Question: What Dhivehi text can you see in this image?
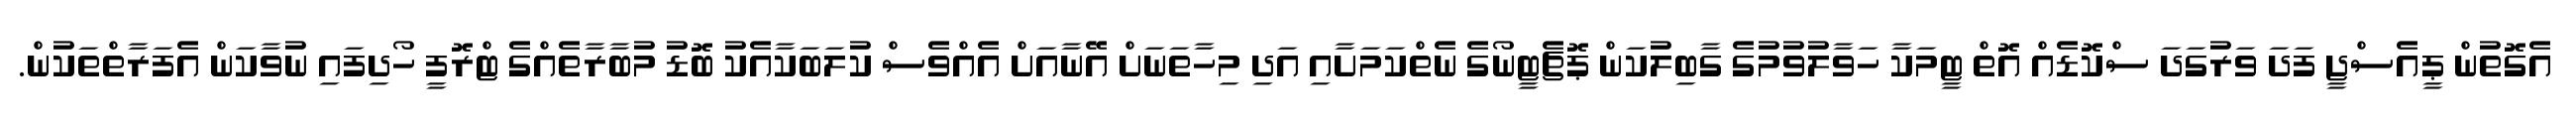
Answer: އެގޮތުން ޕީއެސްޖީ ފަދަ ވަރުގަދަ ސްކޮޑެއް އޮތް ޓީމަކާ ހަވާލުވުމުގެ ގާބިލުކަން ޕޮޗެޓީނޯގެ ނެތްކަމަށާއި އަދި މިހާތަނަށް އޭނާއަށް އެއްވެސް ކުލަބަކާއެކު ބޮޑު މުބާރާތެއްގެ ޓްރޮފީ ހޯދިފައި ނުވާކަން އެފަރާތްތަކުން.